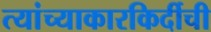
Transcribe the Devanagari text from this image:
त्यांच्याकारकिर्दीची